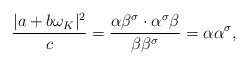
\begin{align*}\frac{|a + b\omega_K|^2}c=\frac{\alpha \beta^{\sigma} \cdot \alpha^{\sigma} \beta}{\beta\beta^{\sigma}}=\alpha\alpha^{\sigma},\end{align*}